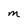
Character: M